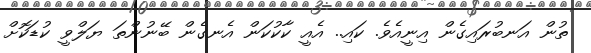
ތުން އަނބުރައިގެން އިނީއެވެ. ކައި.. އެއީ ކާކުކަން އެނގެން ބޭނުންތަ ޔަލްވީ ކުޑަކޮށް